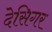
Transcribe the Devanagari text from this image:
देसिगर